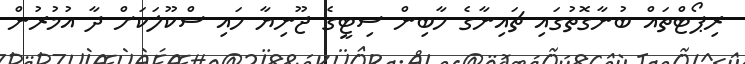
ރިޕޯޓްތައް ބުނާގޮތުގައި ޗައިނާގެ ހާބިން ސިޓީގެ ޖޫނިޔާ ހައި ސްކޫލަކަށް ދާ އުމުރުން